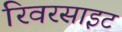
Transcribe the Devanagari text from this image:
रिवरसाइट